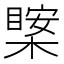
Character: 𱤊